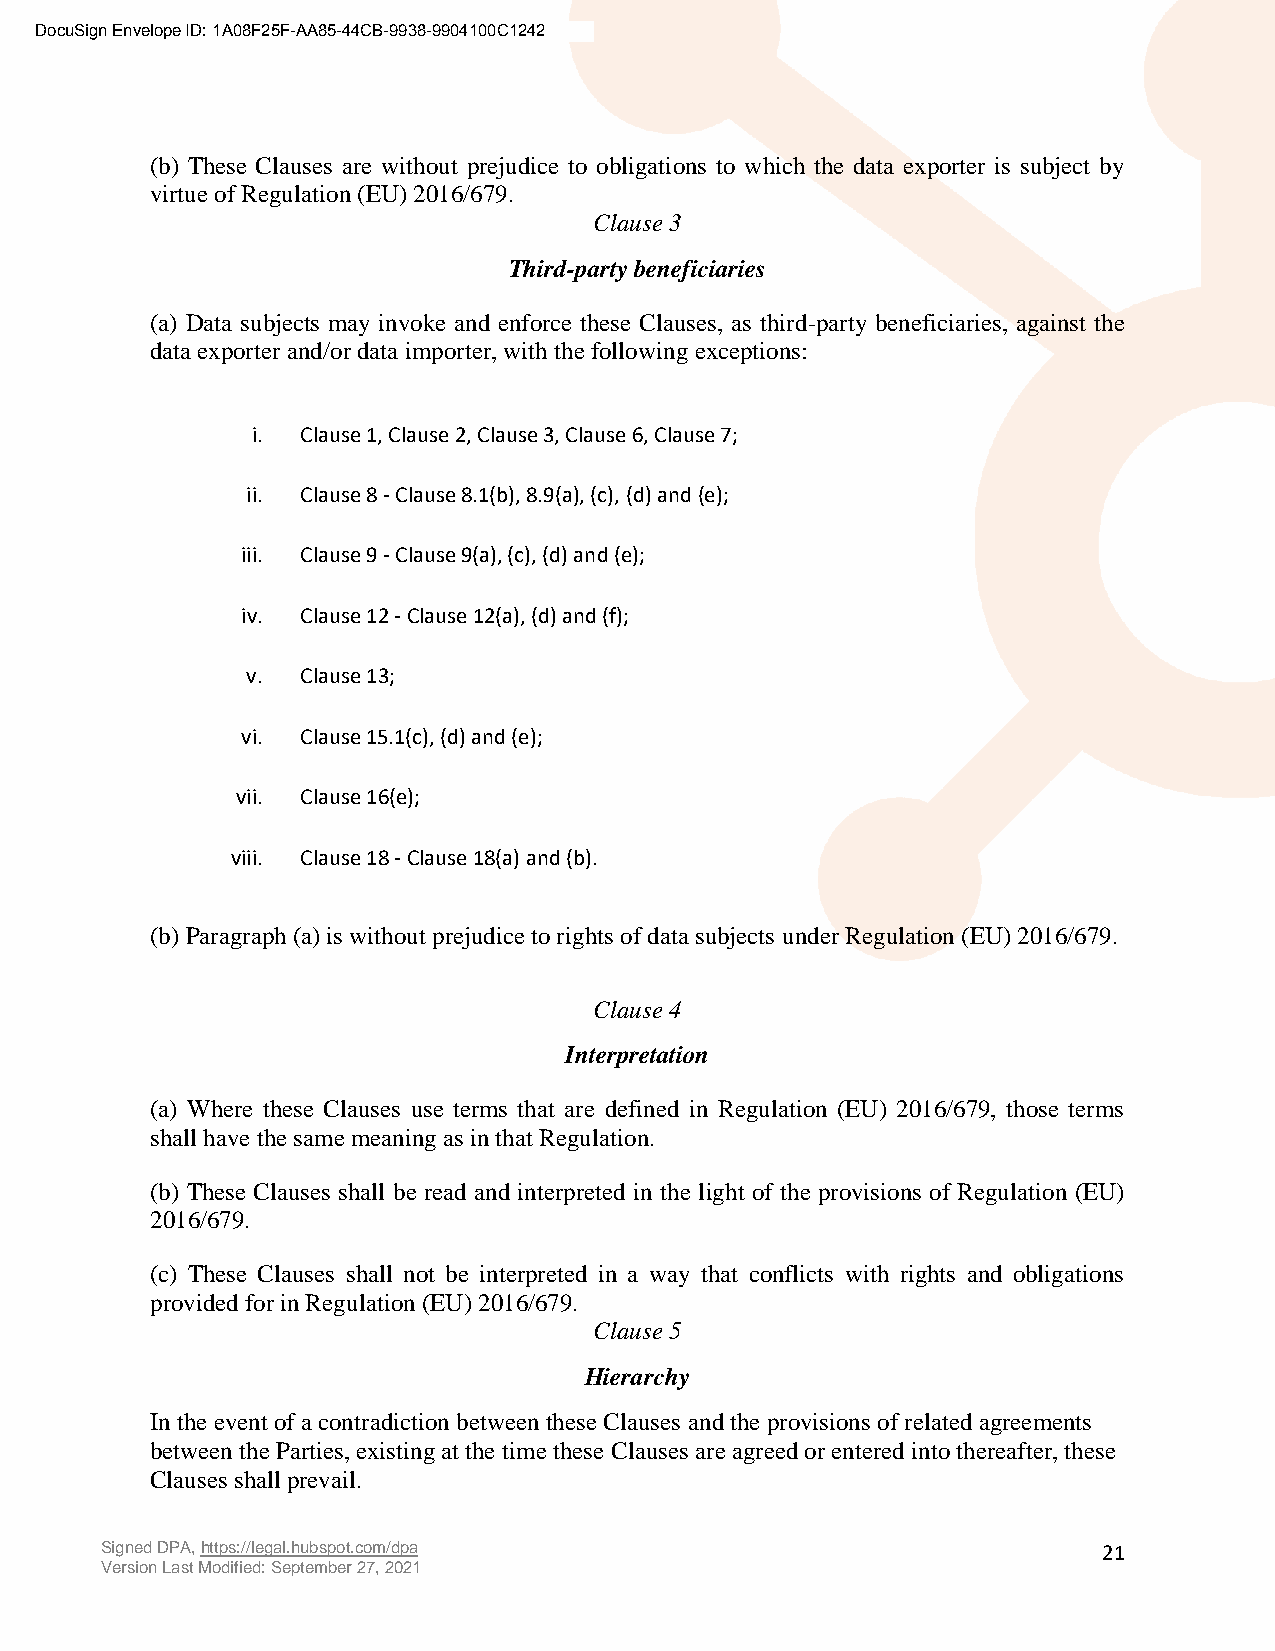
DocuSign Envelope ID: 1A08F25F-AA85-44CB-9938-9904100C1242
 (b) These Clauses are without prejudice to obligations to which the data exporter is subject by
 virtue of Regulation (EU) 2016/679.
 Clause 3
 Third-party beneficiaries
 (a) Data subjects may invoke and enforce these Clauses, as third-party beneficiaries, against the
 data exporter and/or data importer, with the following exceptions:
 i. Clause 1, Clause 2, Clause 3, Clause 6, Clause 7;
 ii. Clause 8 - Clause 8.1(b), 8.9(a), (c), (d) and (e);
 iii. Clause 9 - Clause 9(a), (c), (d) and (e);
 iv. Clause 12 - Clause 12(a), (d) and (f);
 v.  Clause 13;
 vi. Clause 15.1(c), (d) and (e);
 vii. Clause 16(e);
 viii. Clause 18 - Clause 18(a) and (b).
 (b) Paragraph (a) is without prejudice to rights of data subjects under Regulation (EU) 2016/679.
 Clause 4
 Interpretation
 (a) Where these Clauses use terms that are defined in Regulation (EU) 2016/679, those terms
 shall have the same meaning as in that Regulation.
 (b) These Clauses shall be read and interpreted in the light of the provisions of Regulation (EU)
 2016/679.
 (c) These Clauses shall not be interpreted in a way that conflicts with rights and obligations
 provided for in Regulation (EU) 2016/679.
 Clause 5
 Hierarchy
 In the event of a contradiction between these Clauses and the provisions of related agreements
 between the Parties, existing at the time these Clauses are agreed or entered into thereafter, these
 Clauses shall prevail.
 Signed DPA, https://legal.hubspot.com/dpa                         21
 Version Last Modified: September 27, 2021